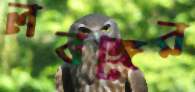
লবঙ্গের